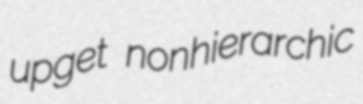
upget nonhierarchic